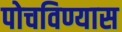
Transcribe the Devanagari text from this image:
पोचविण्यास